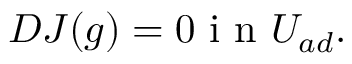
\begin{array} { r } { D J ( g ) = 0 \mathrm { ~ i ~ n ~ } U _ { a d } . } \end{array}